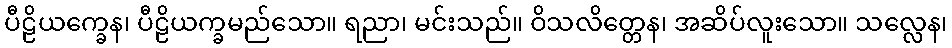
ပီဠိယက္ခေန၊ ပီဠိယက္ခမည်သော။ ရညာ၊ မင်းသည်။ ဝိသလိတ္တေန၊ အဆိပ်လူးသော။ သလ္လေန၊